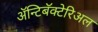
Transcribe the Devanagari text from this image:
ॲन्टिबॅक्‍टेरिअल